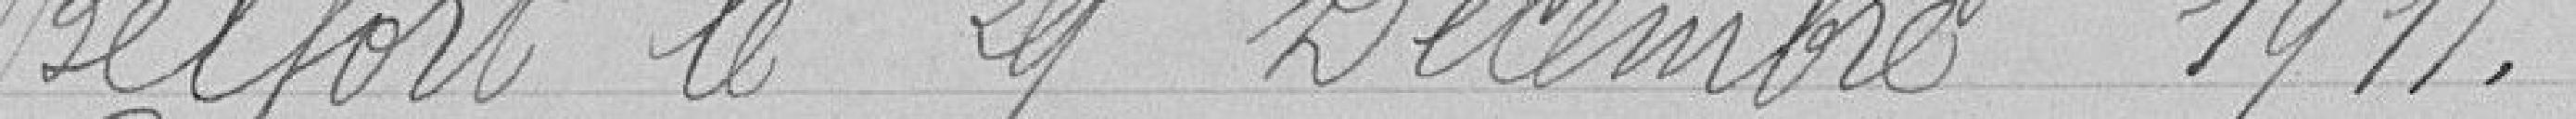
Belfort le 29 décembre 1911.